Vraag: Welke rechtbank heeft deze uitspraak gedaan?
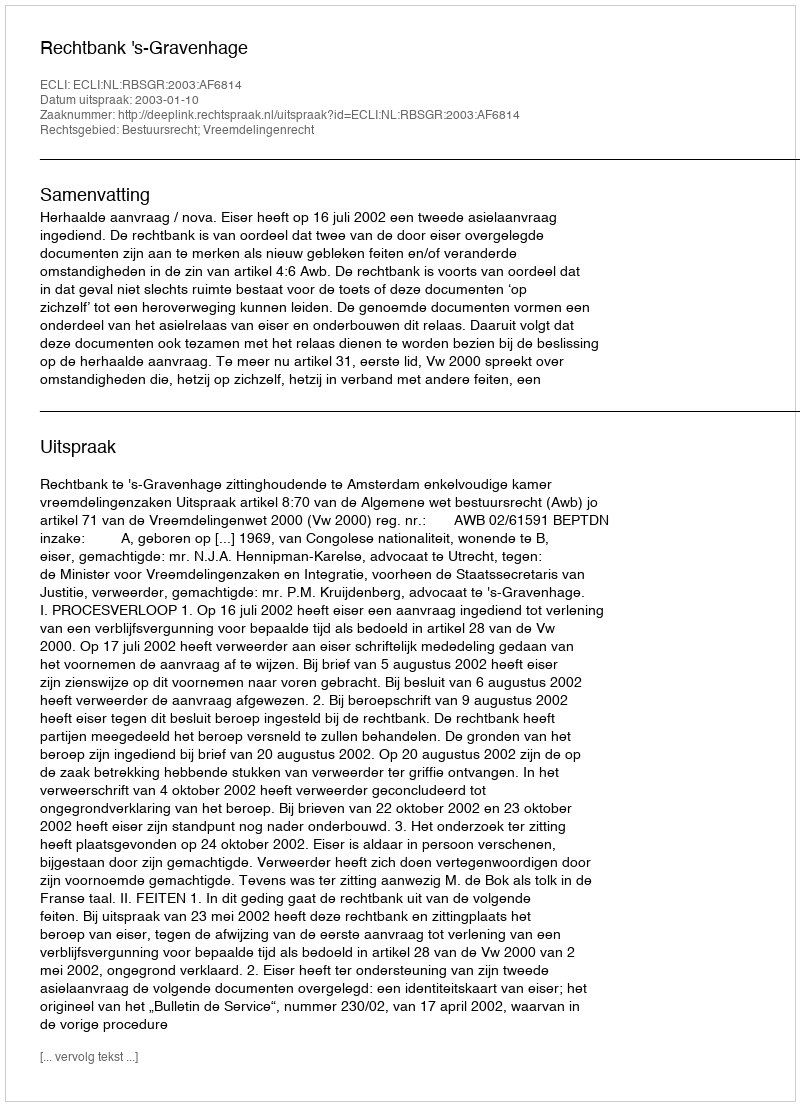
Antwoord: Rechtbank 's-Gravenhage